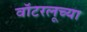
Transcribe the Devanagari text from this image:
वॉटरलूच्या